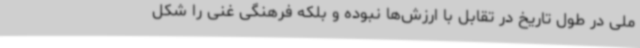
ملی در طول تاریخ در تقابل با ارزش‌ها نبوده و بلکه فرهنگی غنی را شکل